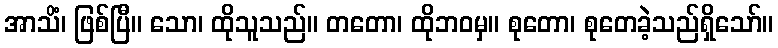
အာသိံ၊ ဖြစ်ပြီ။ သော၊ ထိုသူသည်။ တတော၊ ထိုဘဝမှ။ စုတော၊ စုတေခဲ့သည်ရှိသော်။